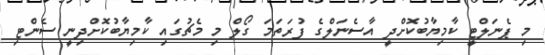
މި ޕެނަލްޓީ ކާމިޔާބުކޮށްދީ އާސެނަލްގެ ފުރަތަމަ ގޯލް މި މެޗުގައި ކާމިޔާބުކޮށްދިނީ ސެންޓި